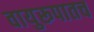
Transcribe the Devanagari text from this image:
वायुरूपातच